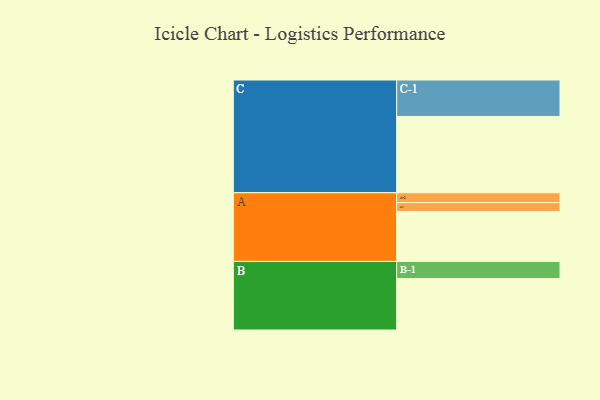
{"axis": {"x": "Segment", "y": "Value"}, "legend": ["", "A", "B", "C"], "data": [{"x": "A", "y": 383, "type": ""}, {"x": "B", "y": 394, "type": ""}, {"x": "C", "y": 584, "type": ""}, {"x": "A-1", "y": 67, "type": "A"}, {"x": "A-2", "y": 76, "type": "A"}, {"x": "B-1", "y": 131, "type": "B"}, {"x": "C-1", "y": 279, "type": "C"}]}